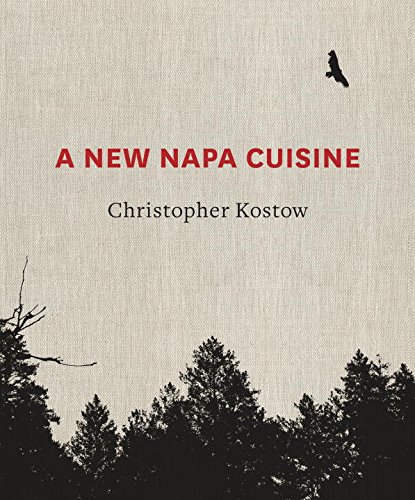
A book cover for A New Napa Cuisine; Christopher Kostow; Cookbooks, Food & Wine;